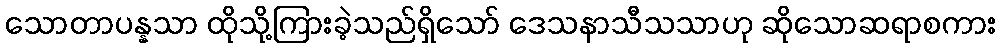
သောတာပန္နသာ ထိုသို့ကြားခဲ့သည်ရှိသော် ဒေသနာသီသသာဟု ဆိုသောဆရာစကား